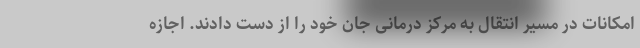
امکانات در مسیر انتقال به مرکز درمانی جان خود را از دست دادند. اجازه